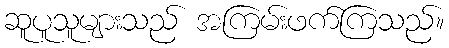
ဆူပူသူများသည် အကြမ်းဖက်ကြသည်။